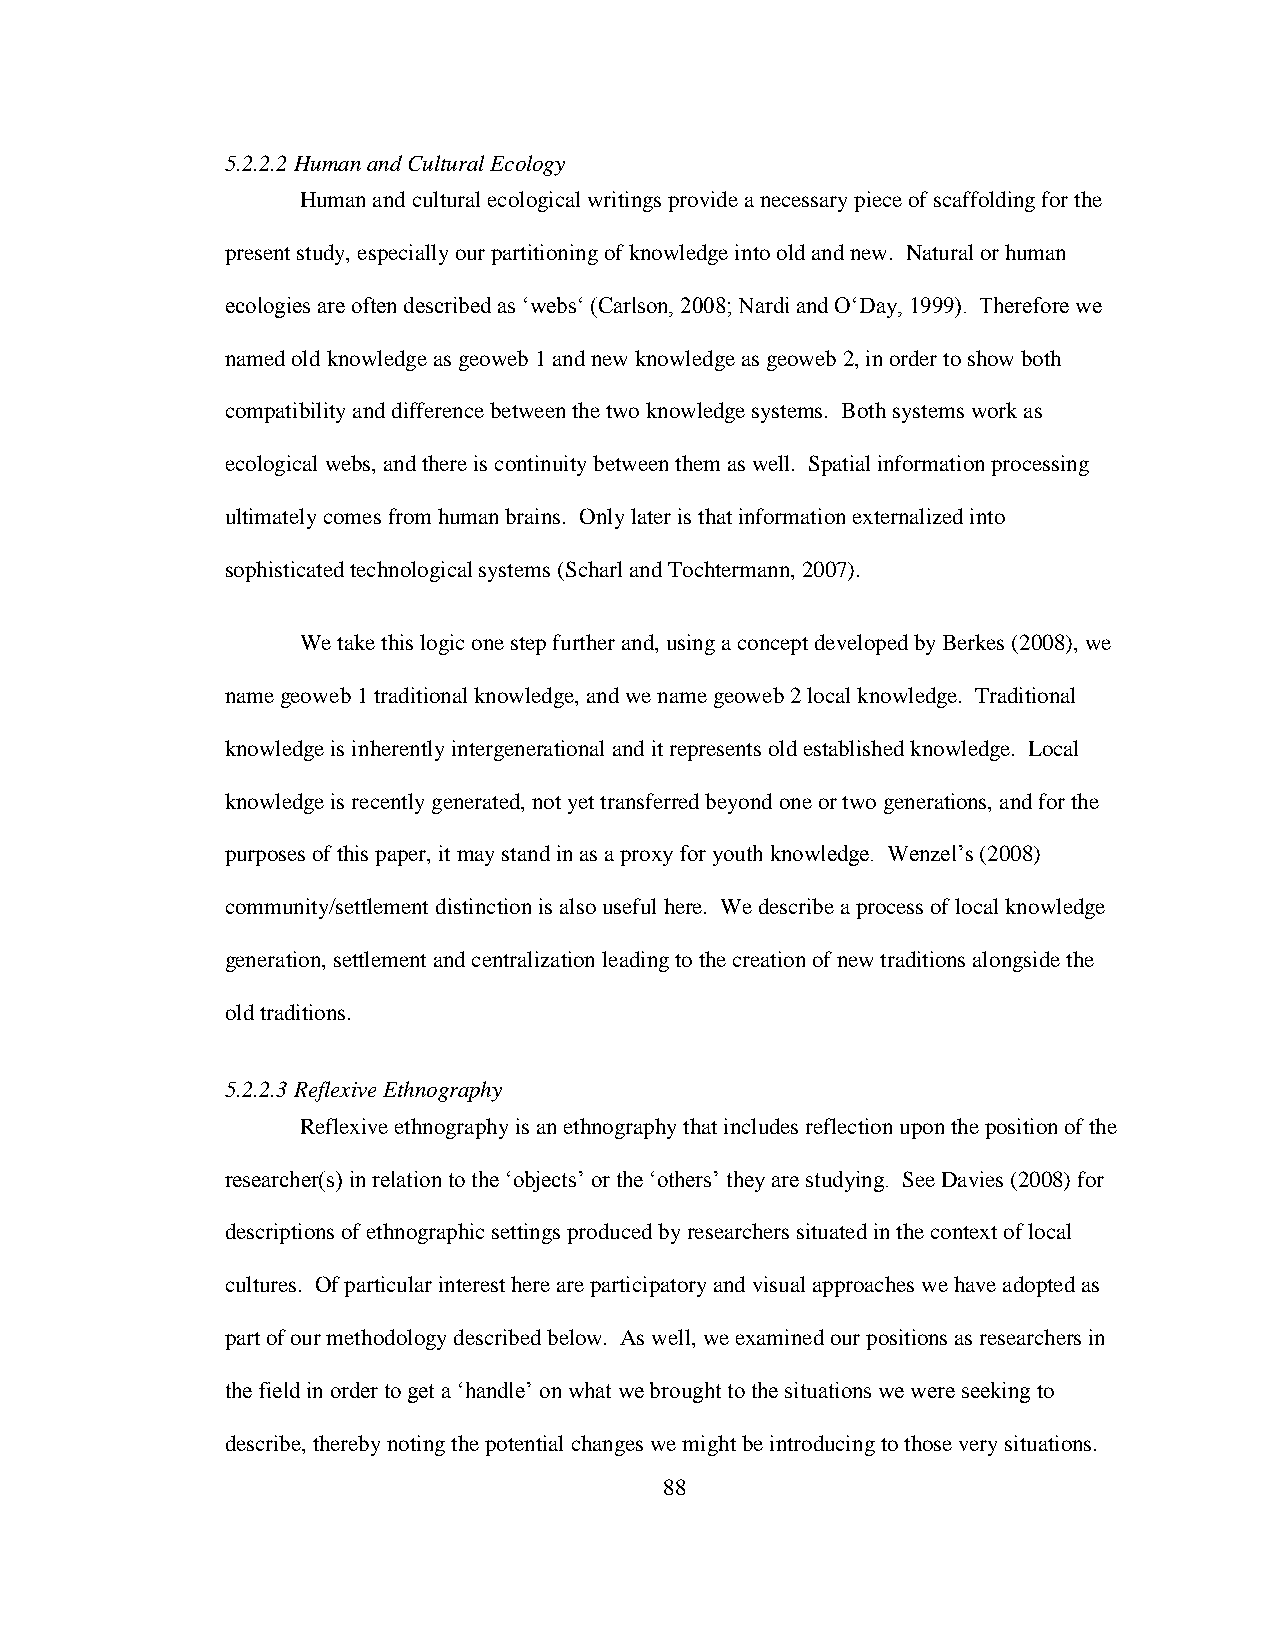
5.2.2.2 Human and Cultural Ecology
 Human and cultural ecological writings provide a necessary piece of scaffolding for the
 present study, especially our partitioning of knowledge into old and new. Natural or human
 ecologies are often described as „webs„ (Carlson, 2008; Nardi and O„Day, 1999). Therefore we
 named old knowledge as geoweb 1 and new knowledge as geoweb 2, in order to show both
 compatibility and difference between the two knowledge systems. Both systems work as
 ecological webs, and there is continuity between them as well. Spatial information processing
 ultimately comes from human brains. Only later is that information externalized into
 sophisticated technological systems (Scharl and Tochtermann, 2007).
 We take this logic one step further and, using a concept developed by Berkes (2008), we
 name geoweb 1 traditional knowledge, and we name geoweb 2 local knowledge. Traditional
 knowledge is inherently intergenerational and it represents old established knowledge. Local
 knowledge is recently generated, not yet transferred beyond one or two generations, and for the
 purposes of this paper, it may stand in as a proxy for youth knowledge. Wenzel‟s (2008)
 community/settlement distinction is also useful here. We describe a process of local knowledge
 generation, settlement and centralization leading to the creation of new traditions alongside the
 old traditions.
 5.2.2.3 Reflexive Ethnography
 Reflexive ethnography is an ethnography that includes reflection upon the position of the
 researcher(s) in relation to the „objects‟ or the „others‟ they are studying. See Davies (2008) for
 descriptions of ethnographic settings produced by researchers situated in the context of local
 cultures. Of particular interest here are participatory and visual approaches we have adopted as
 part of our methodology described below. As well, we examined our positions as researchers in
 the field in order to get a „handle‟ on what we brought to the situations we were seeking to
 describe, thereby noting the potential changes we might be introducing to those very situations.
 88